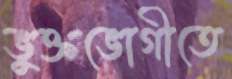
ভুক্তভোগীতে